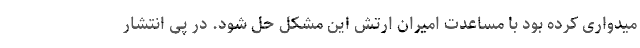
میدواری کرده بود با مساعدت امیران ارتش این مشکل حل شود. در پی انتشار